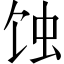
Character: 蚀